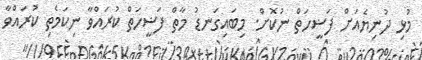
މުޅި ދުނިޔެއަށް ފަޟީހަތް ނުކޮށް. މިބައިގަނޑު މާތް ފަޟީހަތް ކުރައްވާ ނިކަމެތި ކުރައްވާ